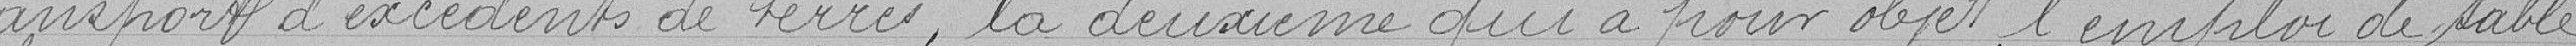
transport d'excédents de terre, la deuxième qui a pour objet l'emploi de sable